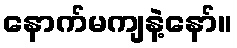
နောက်မကျနဲ့နော်။